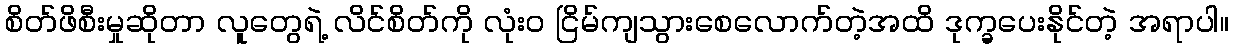
စိတ်ဖိစီးမှုဆိုတာ လူတွေရဲ့ လိင်စိတ်ကို လုံးဝ ငြိမ်ကျသွားစေလောက်တဲ့အထိ ဒုက္ခပေးနိုင်တဲ့ အရာပါ။